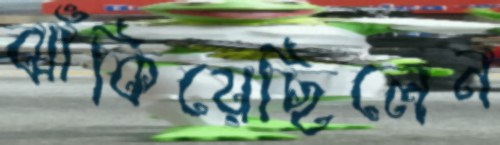
ঝাঁকিয়েছিলেন